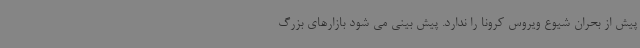
پیش از بحران شیوع ویروس کرونا را ندارد. پیش بینی می شود بازارهای بزرگ